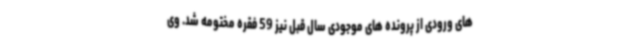
های ورودی از پرونده های موجودی سال قبل نیز 59 فقره مختومه شد. وی